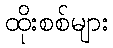
ထိုးစစ်များ